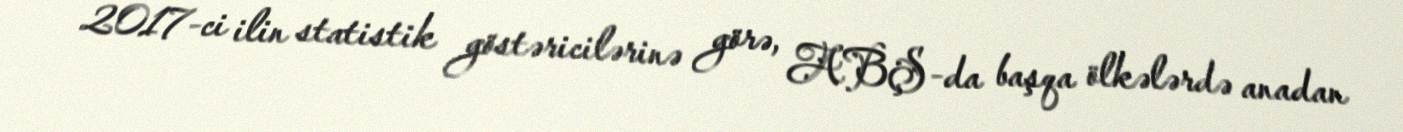
2017-ci ilin statistik göstəricilərinə görə, ABŞ-da başqa ölkələrdə anadan